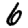
Digit: 6